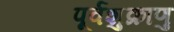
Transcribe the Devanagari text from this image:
पूर्वशुक्राणु